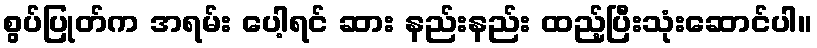
စွပ်ပြုတ်က အရမ်း ပေါ့ရင် ဆား နည်းနည်း ထည့်ပြီးသုံးဆောင်ပါ။